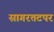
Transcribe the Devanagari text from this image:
सागरतटपर